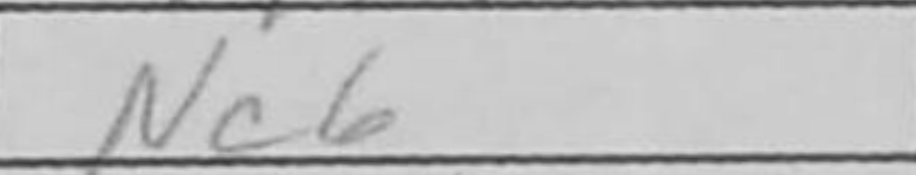
Transcription: Nc6